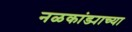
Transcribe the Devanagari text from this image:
नळकांड्याच्या